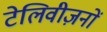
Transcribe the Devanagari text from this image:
टेलिवीज़नों